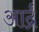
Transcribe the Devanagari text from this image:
आर्द्र